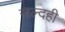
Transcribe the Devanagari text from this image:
जल्दही